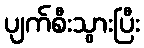
ပျက်စီးသွားပြီး